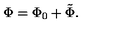
\Phi = \Phi _ { 0 } + \tilde { \Phi } .